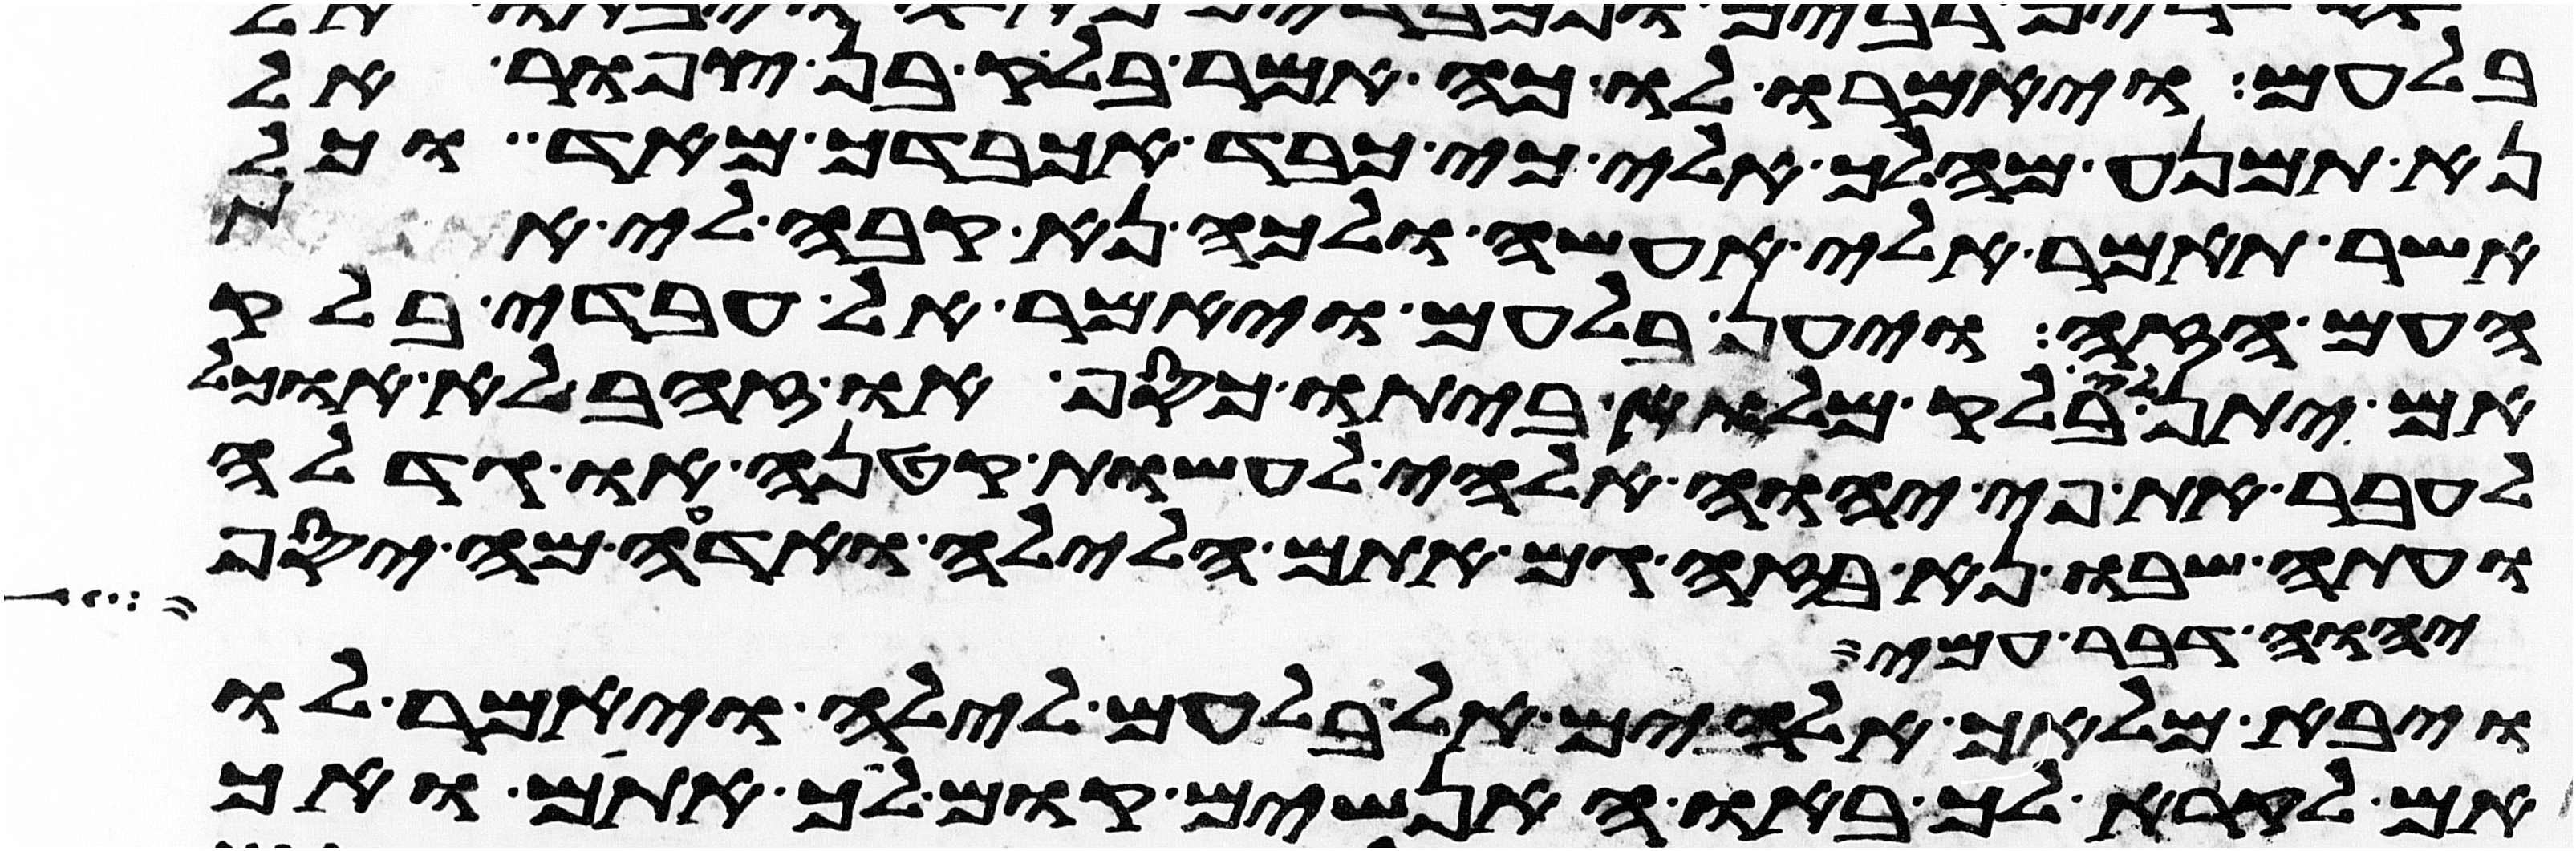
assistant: בלעם ויאמרו לו כה אמר בלק בן צפור אל
נא תמנע מהלך אלי כי כבד אכבדך מאד וכל
אשר תאמר אלי אעשה ולכה נא קבה לי את
העם הזה ויען בלעם ויאמר אל עבדי בלק
אם יתן לי בלק מלוא ביתו כסף או זהב לא אוכל
אעבר את פי יהוה אלהי לעשות קטנה או גדלה
ועתה שבו נא בזה גם אתם הלילה ואדעה מה יסף
יהוה דבר עמי
ויבא מלאך אלהים אל בלעם לילה ויאמר לו
אם לקרא לך באו האנשים קום לך אתם ואך